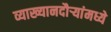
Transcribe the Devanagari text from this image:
व्याख्यानदौर्‍यांमध्ये